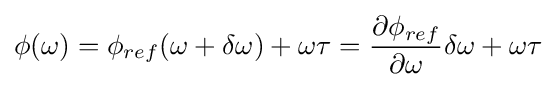
\phi (\omega )=\phi _{ref}(\omega +\delta \omega )+\omega \tau ={\frac {\partial \phi _{ref}}{\partial \omega }}\delta \omega +\omega \tau